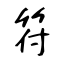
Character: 符